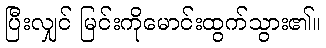
ပြီးလျှင် မြင်းကိုမောင်းထွက်သွား၏။